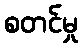
စတင်မှု